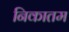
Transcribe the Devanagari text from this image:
निकातम